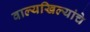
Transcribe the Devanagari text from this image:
वाल्यखिल्यांचे